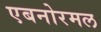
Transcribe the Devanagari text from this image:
एबनोरमल